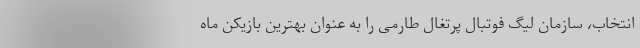
انتخاب، سازمان لیگ فوتبال پرتغال طارمی را به عنوان بهترین بازیکن ماه